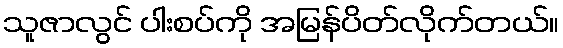
သူဇာလွင် ပါးစပ်ကို အမြန်ပိတ်လိုက်တယ်။